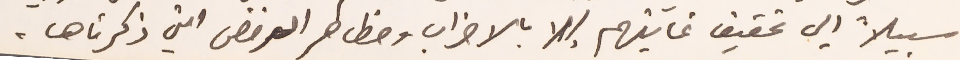
سبيلاً إلى تحقيق غايتهم إلا بالاضراب ومظاهر الرفض التي ذكرناها